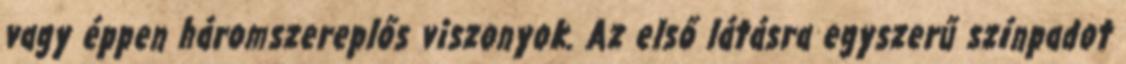
vagy éppen háromszereplős viszonyok. Az első látásra egyszerű színpadot